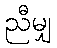
ညီမျှ